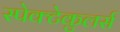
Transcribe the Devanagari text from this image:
स्पेक्टेकुलर्स